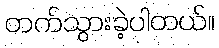
တက်သွားခဲ့ပါတယ်။